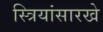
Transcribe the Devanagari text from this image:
स्त्रियांसारखे